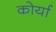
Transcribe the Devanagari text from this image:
कोर्या